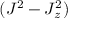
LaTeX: ( J ^ { 2 } - J _ { z } ^ { 2 } )